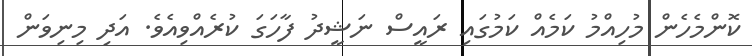
ކޮންމެހެން މުހިއްމު ކަމެއް ކަމުގައި ރައީސް ނަޝީދު ފާހަގަ ކުރެއްވިއެވެ. އަދި މިނިވަން